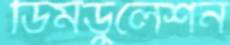
ডিমডুলেশন